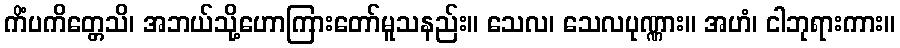
ကိံပကိတ္တေသိ၊ အဘယ်သို့ဟောကြားတော်မူသနည်း။ သေလ၊ သေလပုဏ္ဏား။ အဟံ၊ ငါဘုရားကား။